Civil Veterinary Department. United Provinces 1932-42 - 1932-1942
Year: 1932
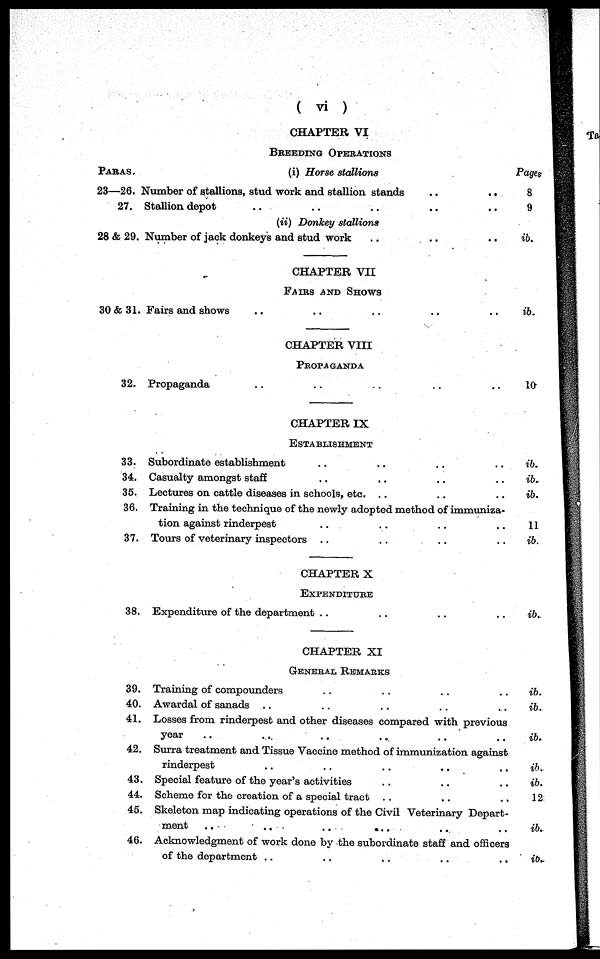
( vi )
CHAPTER VI
BREEDING OPERATIONS
PARAS.
23—26.
27.
28 & 29.
30 & 31.
32.
33.
34.
35.
36.
37.
38.
39.
40.
41.
42.
43
44
45
46
(i) Horse stallions
lumber of stallions, stud work and stallion stands
..
..
Stallion depot .. .. .. .. ..
(ii) Donkey stallions
Number of jack donkeys and stud work .. .. ..
CHAPTER VII
FAIRS AND SHOWS
Fairs and shows .. .. .. .. ..
CHAPTER VIII
PROPAGANDA
Propaganda .. .. .. .. ..
CHAPTER IX
ESTABLISHMENT
Subordinate establishment .. .. .. ..
Casualty amongst staff .. .. .. ..
Lectures on cattle diseases in schools, etc. .. .. ..
Training in the technique of the newly adopted method of immuniza-
tion against rinderpest .. .. .. ..
Tours of veterinary inspectors .. .. .. ..
CHAPTER X
EXPENDITURE
Expenditure of the department .. .. .. ..
CHAPTER XI
GENERAL REMARKS
Training of compounders .. .. .. ..
Awardal of sanads .. .. .. .. ..
Losses from rinderpest and other diseases compared with previous
year .. .. .. .. .. ..
Surra treatment and Tissue Vaccine method of immunization against
rinderpest .. .. .. .. ..
Special feature of theyear's activities .. .. ..
Scheme for the creation of a special tract .. .. ..
Skeleton map indicating operations of the Civil Veterinary Depart-
ment
..
..
..
.. .. ..
Acknowledgment of work done by the subordinate staff and officers
of the department .. .. .. .. ..
Pages
8
9
ib.
ib.
10
ib.
ib.
ib.
11
ib.
ib.
ib.
ib.
ib.
ib.
ib.
12
ib.
ib.